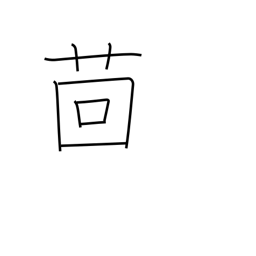
Meaning: fennel